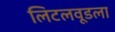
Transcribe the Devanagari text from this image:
लिटलवूडला